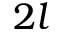
2 l